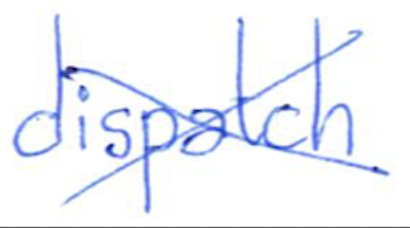
Text: dispatch
Cross-out: cross
Writing tool: ballpoint